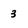
Character: 3